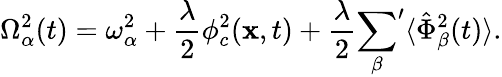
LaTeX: \Omega_{\alpha}^{2}(t)=\omega_{\alpha}^{2}+\frac{\lambda}{2}\phi_{c}^{2}({\mathbf x},t)+\frac{\lambda}{2}{\sum_{\beta}}^{\prime}\langle\hat{\Phi}_{\beta}^{2}(t)\rangle.